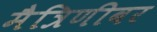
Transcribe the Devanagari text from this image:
मैत्रिणीवर